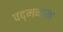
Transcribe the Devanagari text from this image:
पद्‌मनाभं